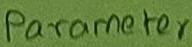
Text: Parameter